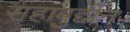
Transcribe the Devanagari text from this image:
सहाबुद्दीन